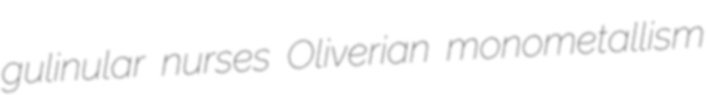
gulinular nurses Oliverian monometallism